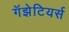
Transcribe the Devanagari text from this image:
गॅझेटियर्स